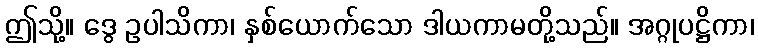
ဤသို့။ ဒွေ ဥပါသိကာ၊ နှစ်ယောက်သော ဒါယကာမတို့သည်။ အဂ္ဂုပဋ္ဌိကာ၊